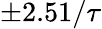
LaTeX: \pm 2.51/\tau